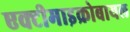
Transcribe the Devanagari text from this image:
एक्टीमाइक्रोबायल